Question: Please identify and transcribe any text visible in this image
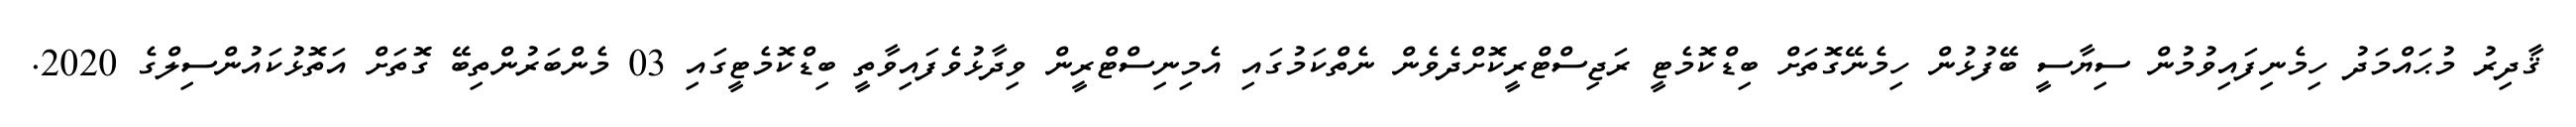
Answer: ޤާދިރު މުޙައްމަދު ހިމެނިފައިވުމުން ސިޔާސީ ބޭފުޅުން ހިމެނޭގޮތަށް ބިޑްކޮމެޓީ ރަޖިސްޓްރީކޮށްދެވެން ނެތްކަމުގައި އެމިނިސްޓްރީން ވިދާޅުވެފައިވާތީ ބިޑްކޮމެޓީގައި 03 މެންބަރުންތިބޭ ގޮތަށް އަތޮޅުކައުންސިލްގެ 2020.